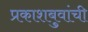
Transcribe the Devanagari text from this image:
प्रकाशबुवांची